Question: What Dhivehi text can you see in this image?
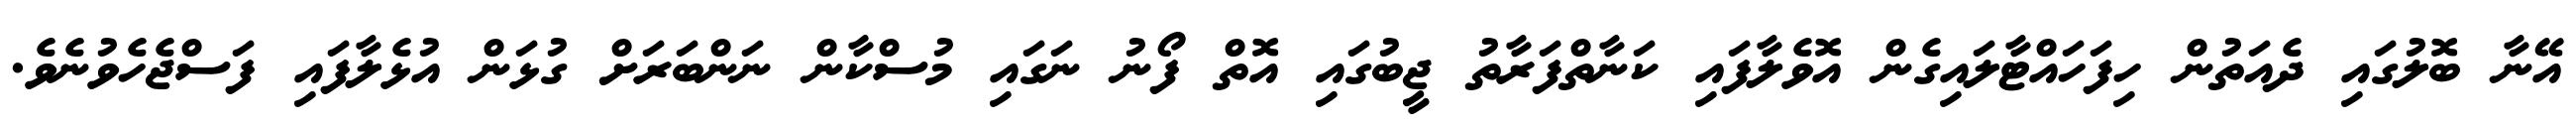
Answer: އޭނާ ބޮލުގައި ދެއަތުން ހިފަހައްޓާލައިގެން އޮވެލާފައި ކަނާތްފަރާތު ޖީބުގައި އޮތް ފޯނު ނަގައި މުސްކާން ނަންބަރަށް ގުޅަން އުޅެލާފައި ފަސްޖެހެވުނެވެ.